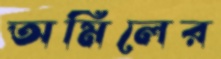
অমিলের